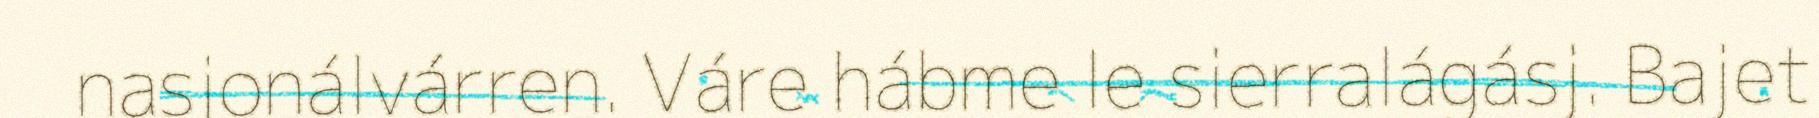
nasjonálvárren. Váre hábme le sierralágásj. Bajet